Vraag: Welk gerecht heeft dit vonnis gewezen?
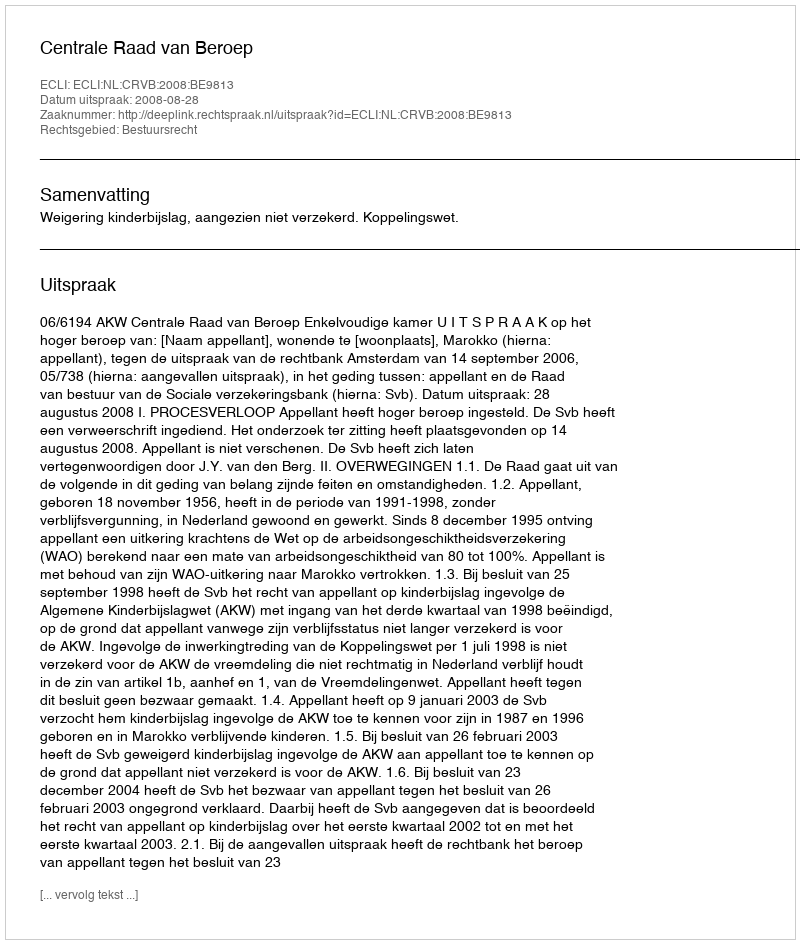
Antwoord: Centrale Raad van Beroep